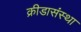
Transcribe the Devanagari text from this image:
क्रीडासंस्था